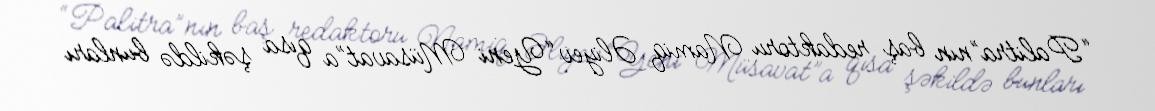
“Palitra”nın baş redaktoru Namiq Əliyev “Yeni Müsavat”a qısa şəkildə bunları